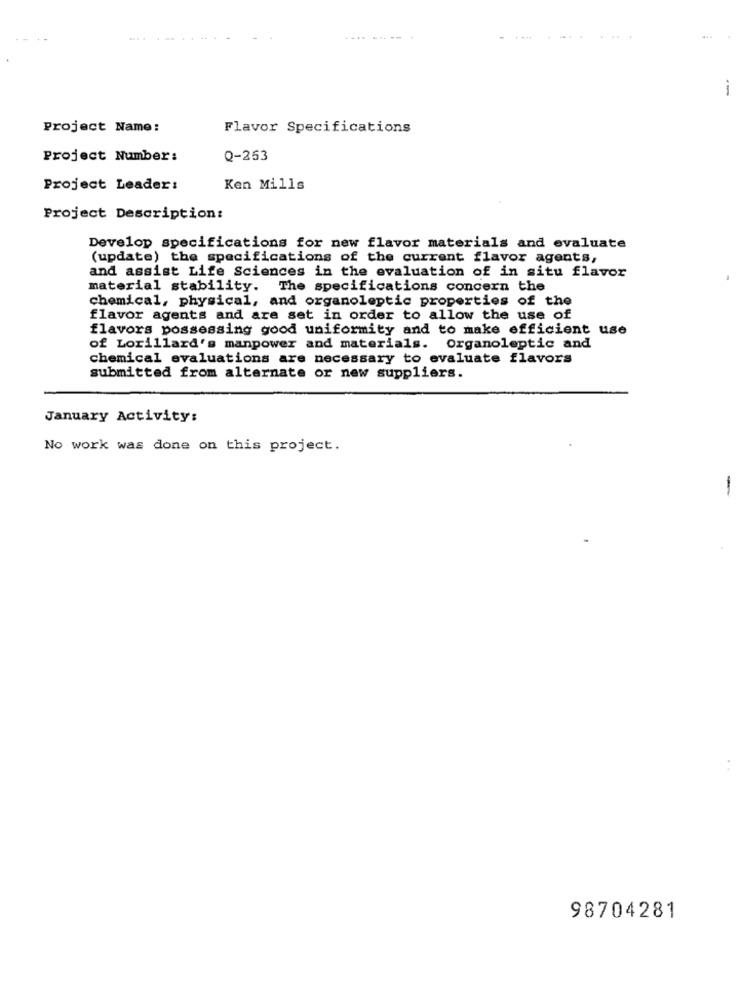
....
--
Project Name:
Flavor Specifications
Project Number:
Q-253
Project Leader:
Ken Mills
Project Description:
Develop specifications for new flavor materials and evaluate
(update) the specifications of the current flavor agents,
and assist Life Sciences in the evaluation of in situ flavor
material stability. The specifications concern the
chemical, physical, and organoleptic properties of the
flavor agents and are set in order to allow the use of
flavors possessing good uniformity and to make efficient use
of Lorillard's manpower and materials. Organoleptic and
chemical evaluations are necessary to evaluate flavors
submitted from alternate or new suppliers.
January Activity:
No work was done on this project.
-
98704281